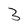
Character: 3